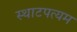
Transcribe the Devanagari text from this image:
स्थाटपत्यम